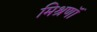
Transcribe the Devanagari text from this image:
मिश्रणॉं